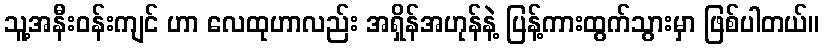
သူ့အနီးဝန်းကျင် ဟာ လေထုဟာလည်း အရှိန်အဟုန်နဲ့ ပြန့်ကားထွက်သွားမှာ ဖြစ်ပါတယ်။